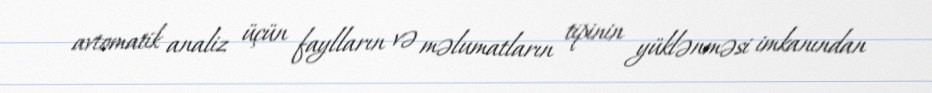
avtomatik analiz üçün faylların və məlumatların tipinin yüklənməsi imkanından